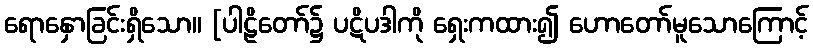
ရောနှောခြင်းရှိသော။ [ပါဠိတော်၌ ပဋိပဒါကို ရှေးကထား၍ ဟောတော်မူသောကြောင့်